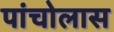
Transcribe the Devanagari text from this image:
पांचोलास